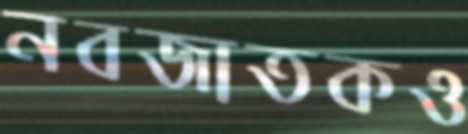
নবজাতকও